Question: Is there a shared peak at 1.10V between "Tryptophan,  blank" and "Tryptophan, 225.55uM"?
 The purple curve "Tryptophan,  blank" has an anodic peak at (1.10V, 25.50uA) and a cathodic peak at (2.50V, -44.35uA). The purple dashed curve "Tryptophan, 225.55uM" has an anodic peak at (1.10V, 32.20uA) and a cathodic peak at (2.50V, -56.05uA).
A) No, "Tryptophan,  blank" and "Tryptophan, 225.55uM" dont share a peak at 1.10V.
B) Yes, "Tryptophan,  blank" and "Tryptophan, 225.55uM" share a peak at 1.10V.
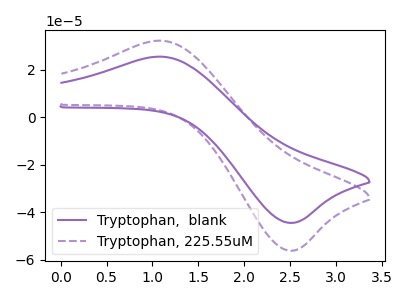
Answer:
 <answer>B) Yes, "Tryptophan,  blank" and "Tryptophan, 225.55uM" share a peak at 1.10V.</answer>
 <eval>B</eval>